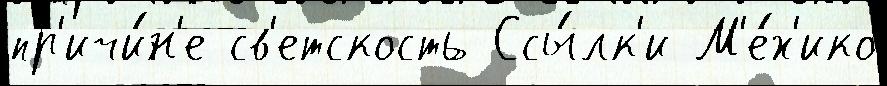
пр'ичи́н'е св'етскость Ссы́лк'и М'е́х'ико